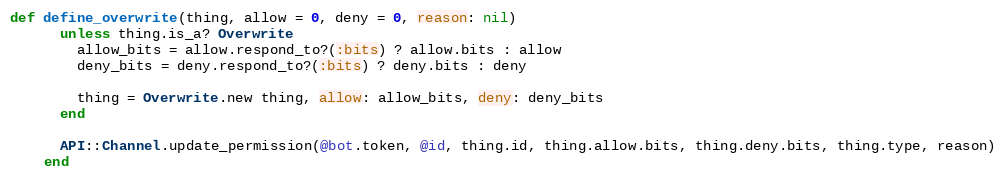
Language: Ruby
def define_overwrite(thing, allow = 0, deny = 0, reason: nil)
      unless thing.is_a? Overwrite
        allow_bits = allow.respond_to?(:bits) ? allow.bits : allow
        deny_bits = deny.respond_to?(:bits) ? deny.bits : deny

        thing = Overwrite.new thing, allow: allow_bits, deny: deny_bits
      end

      API::Channel.update_permission(@bot.token, @id, thing.id, thing.allow.bits, thing.deny.bits, thing.type, reason)
    end